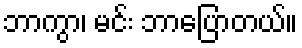
ဘာကွာ၊ မင်း ဘာပြောတယ်။